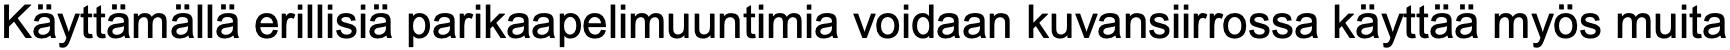
Käyttämällä erillisiä parikaapelimuuntimia voidaan kuvansiirrossa käyttää myös muita